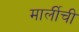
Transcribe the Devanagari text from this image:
मार्लीची